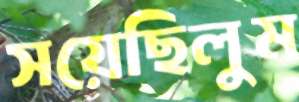
সয়েছিলুম